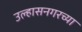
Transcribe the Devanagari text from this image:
उल्हासनगरच्या